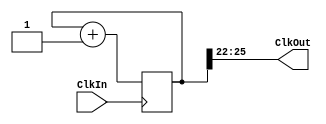
`timescale 1ns / 1ps
`default_nettype none


module clock_divider(ClkOut,ClkIn);
//output port needs to be described as output reg
output wire [3:0] ClkOut;
input wire ClkIn; // wire can drive regs

parameter n = 25; // this can change
reg [n:0] Count;

always@(posedge ClkIn)
    Count <= Count +1;
assign ClkOut[3:0] = Count[n:n-3];

endmodule